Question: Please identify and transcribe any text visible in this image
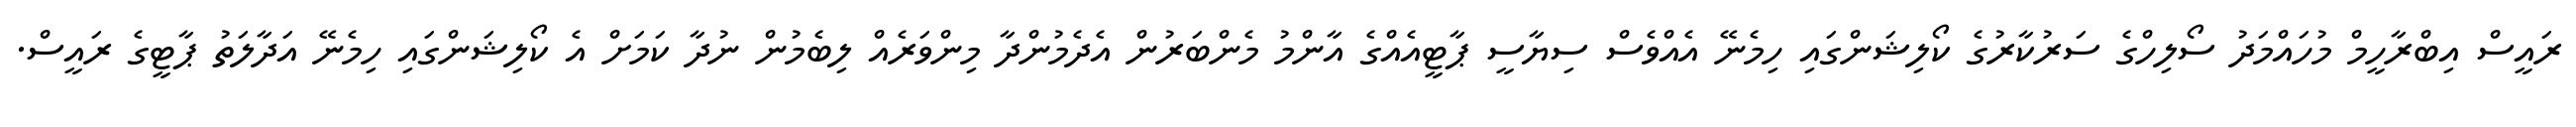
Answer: ރައީސް އިބްރާހީމް މުހައްމަދު ސޯލިހްގެ ސަރުކާރުގެ ކޯލިޝަންގައި ހިމެނޭ އެއްވެސް ސިޔާސީ ޕާޓީއެއްގެ އާންމު މެންބަރުން އެދެމުންދާ މިންވަރެއް ލިބެމުން ނުދާ ކަމަށް އެ ކޯލިޝަންގައި ހިމެނޭ އަދާލަތު ޕާޓީގެ ރައީސް.